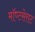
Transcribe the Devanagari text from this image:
मॉण्टसेराट